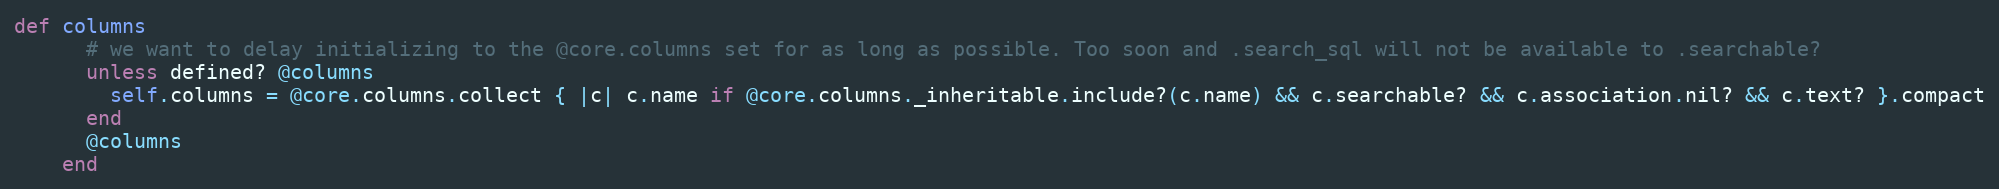
Language: Ruby
def columns
      # we want to delay initializing to the @core.columns set for as long as possible. Too soon and .search_sql will not be available to .searchable?
      unless defined? @columns
        self.columns = @core.columns.collect { |c| c.name if @core.columns._inheritable.include?(c.name) && c.searchable? && c.association.nil? && c.text? }.compact
      end
      @columns
    end